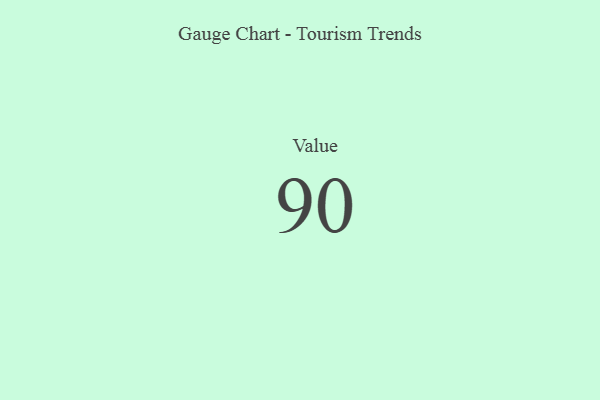
{"axis": {"x": "Metric", "y": "Value"}, "legend": [""], "data": [{"x": "Value", "y": 90, "type": ""}]}